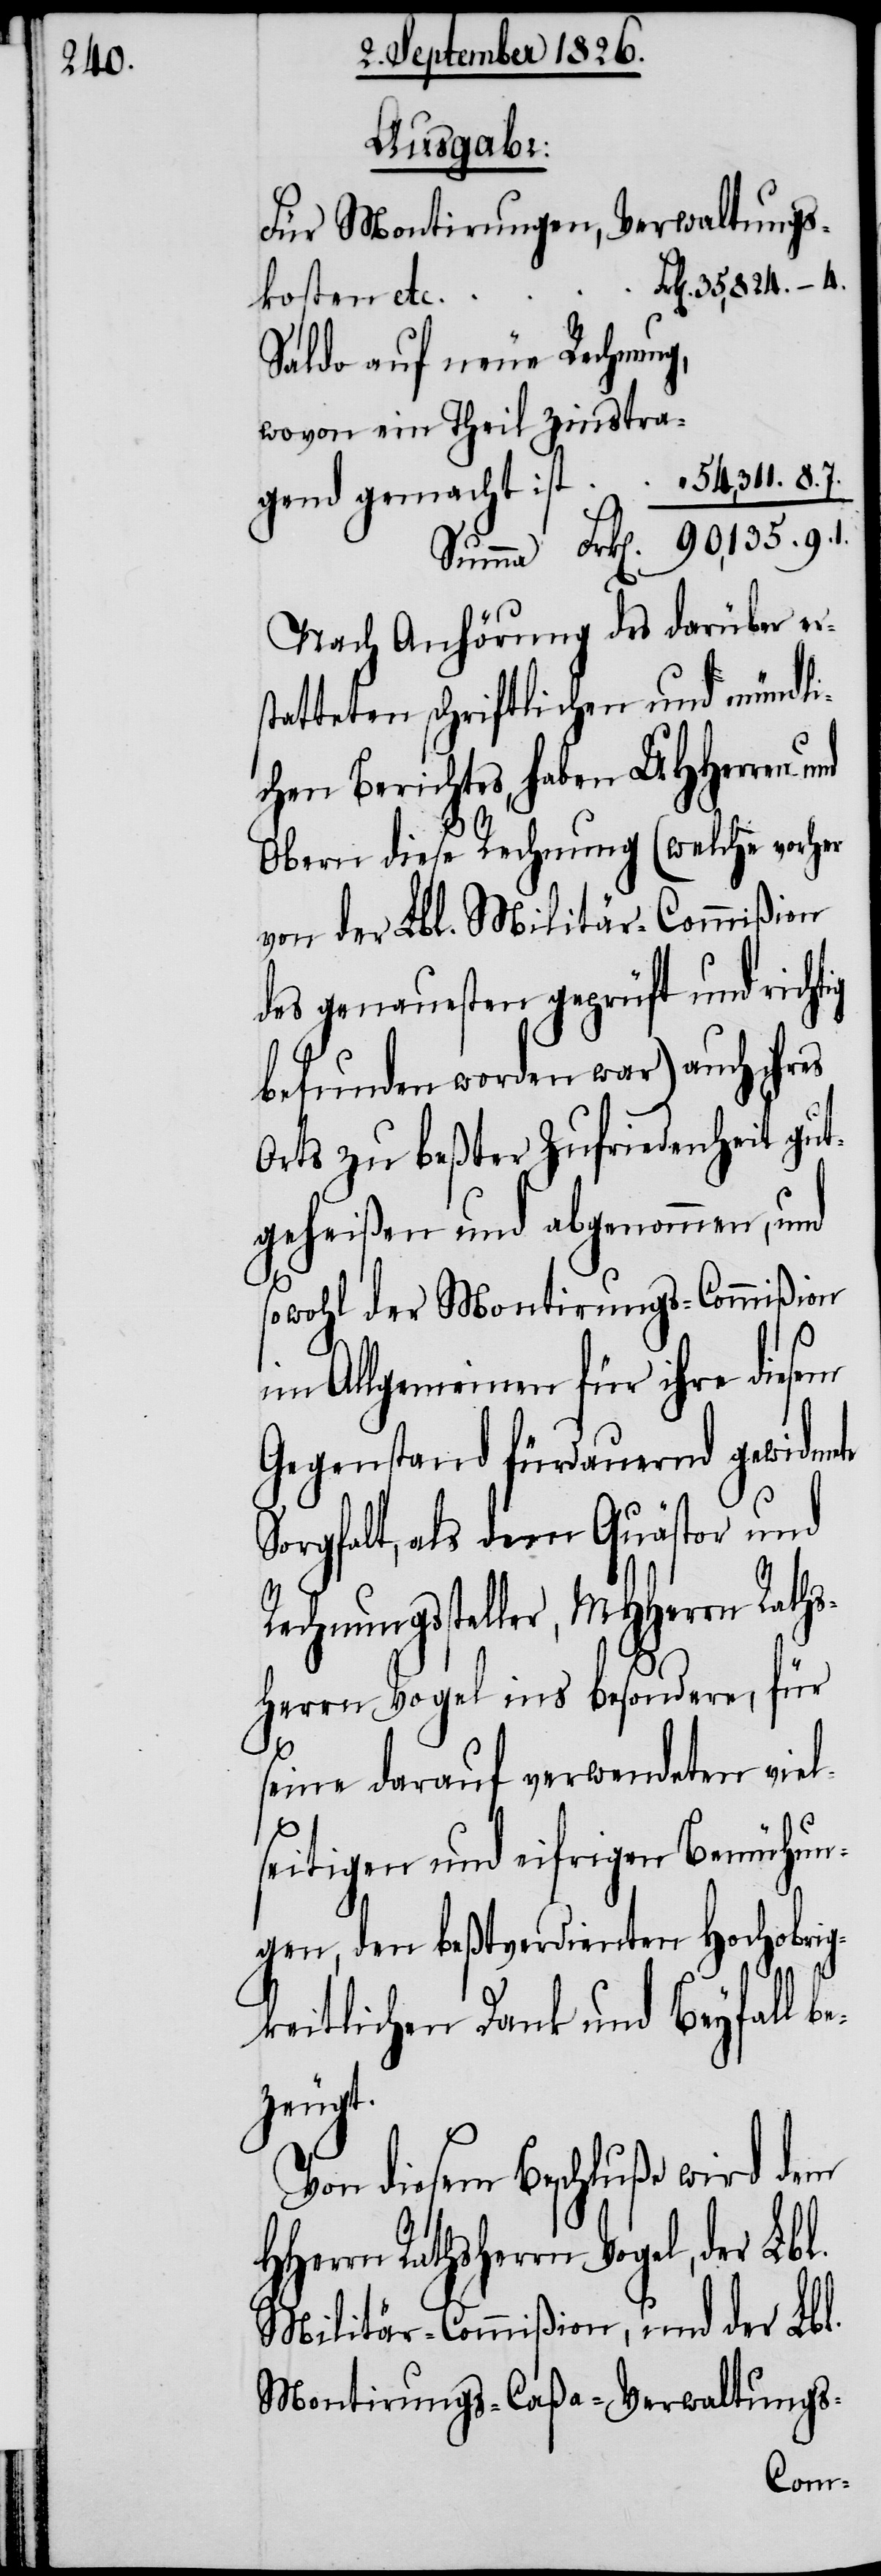
Ausgabe:
Für Montirungen, Verwaltungs¬
k[en]. 35‘824. –. 4.
kosten etc.
Saldo auf neue Rechnung,
wovon ein Theil zinstra¬
“ 54‘311. 8. 7.
gend gemacht ist
Nach Anhörung des darüber er¬
statteten schriftlichen und mündli¬
chen Berichtes, haben MHHerren
Obern diese Rechnung (welche vorher
von der Lbl. Militär-Commißion
des genauesten geprüft und richtig
befunden worden war) auch ihres
Orts zu beßter Zufriedenheit gut¬
geheißen und abgenommen, und
sowohl der Montirungs-Commißion
im Allgemeinen für ihre diesem
Gegenstand fürdauernd gewidmete
Sorgfalt, als dem Quästor und
Rechnungssteller, MHHerrn Rath¬
sherrn Vogel ins besondere, für
seine darauf verwendeten viel¬
l.
seitigen und eifrigen Bemühun¬
gen, den beßtverdienten Hochobrig¬
keitlichen Dank und Beyfall b¬
ezeugt.
Von diesem Beschluße wird dem
Herrn Rathsherrn Vogel, der Lb¬
Militär-Commißion, und der Lbl.
Montirungs-Caßa-Verwaltungs-